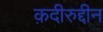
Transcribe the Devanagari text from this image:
क़दीरुद्दीन